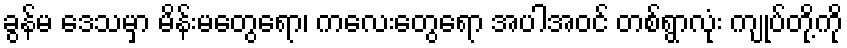
ခွန်မ ဒေသမှာ မိန်းမတွေရော၊ ကလေးတွေရော အပါအဝင် တစ်ရွာလုံး ကျုပ်တို့ကို